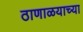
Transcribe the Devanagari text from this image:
ठाणाळयाच्या